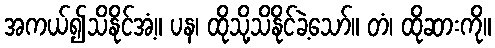
အကယ်၍သိနိုင်အံ့။ ပန၊ ထိုသို့သိနိုင်ခဲ့သော်။ တံ၊ ထိုဆားကို။